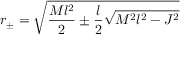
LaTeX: r _ { \pm } = \sqrt { \frac { M l ^ { 2 } } { 2 } \pm \frac { l } { 2 } \sqrt { M ^ { 2 } l ^ { 2 } - J ^ { 2 } } }